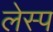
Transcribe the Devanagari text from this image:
लेस्प